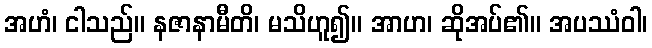
အဟံ၊ ငါသည်။ နဇာနာမီတိ၊ မသိဟူ၍။ အာဟ၊ ဆိုအပ်၏။ အပဿံဝါ၊